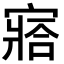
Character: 𡪗